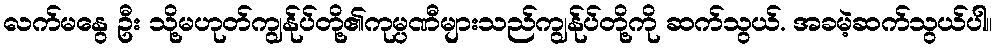
လက်မနွေ ဦး သို့မဟုတ်ကျွန်ုပ်တို့၏ကုမ္ပဏီများသည်ကျွန်ုပ်တို့ကို ဆက်သွယ်. အခမဲ့ဆက်သွယ်ပါ။